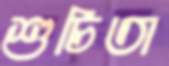
শুচিতা